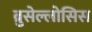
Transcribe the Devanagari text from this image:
ब्रुसेल्लोसिस